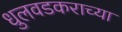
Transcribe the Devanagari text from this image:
धुलवडकराच्या